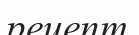
рецепт